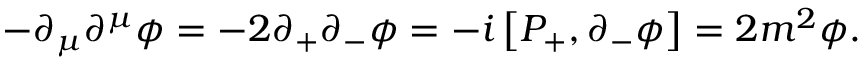
- \partial _ { \mu } \partial ^ { \mu } \phi = - 2 \partial _ { + } \partial _ { - } \phi = - i \left[ P _ { + } , \partial _ { - } \phi \right] = 2 m ^ { 2 } \phi .